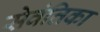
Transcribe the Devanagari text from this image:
सेवंतिका